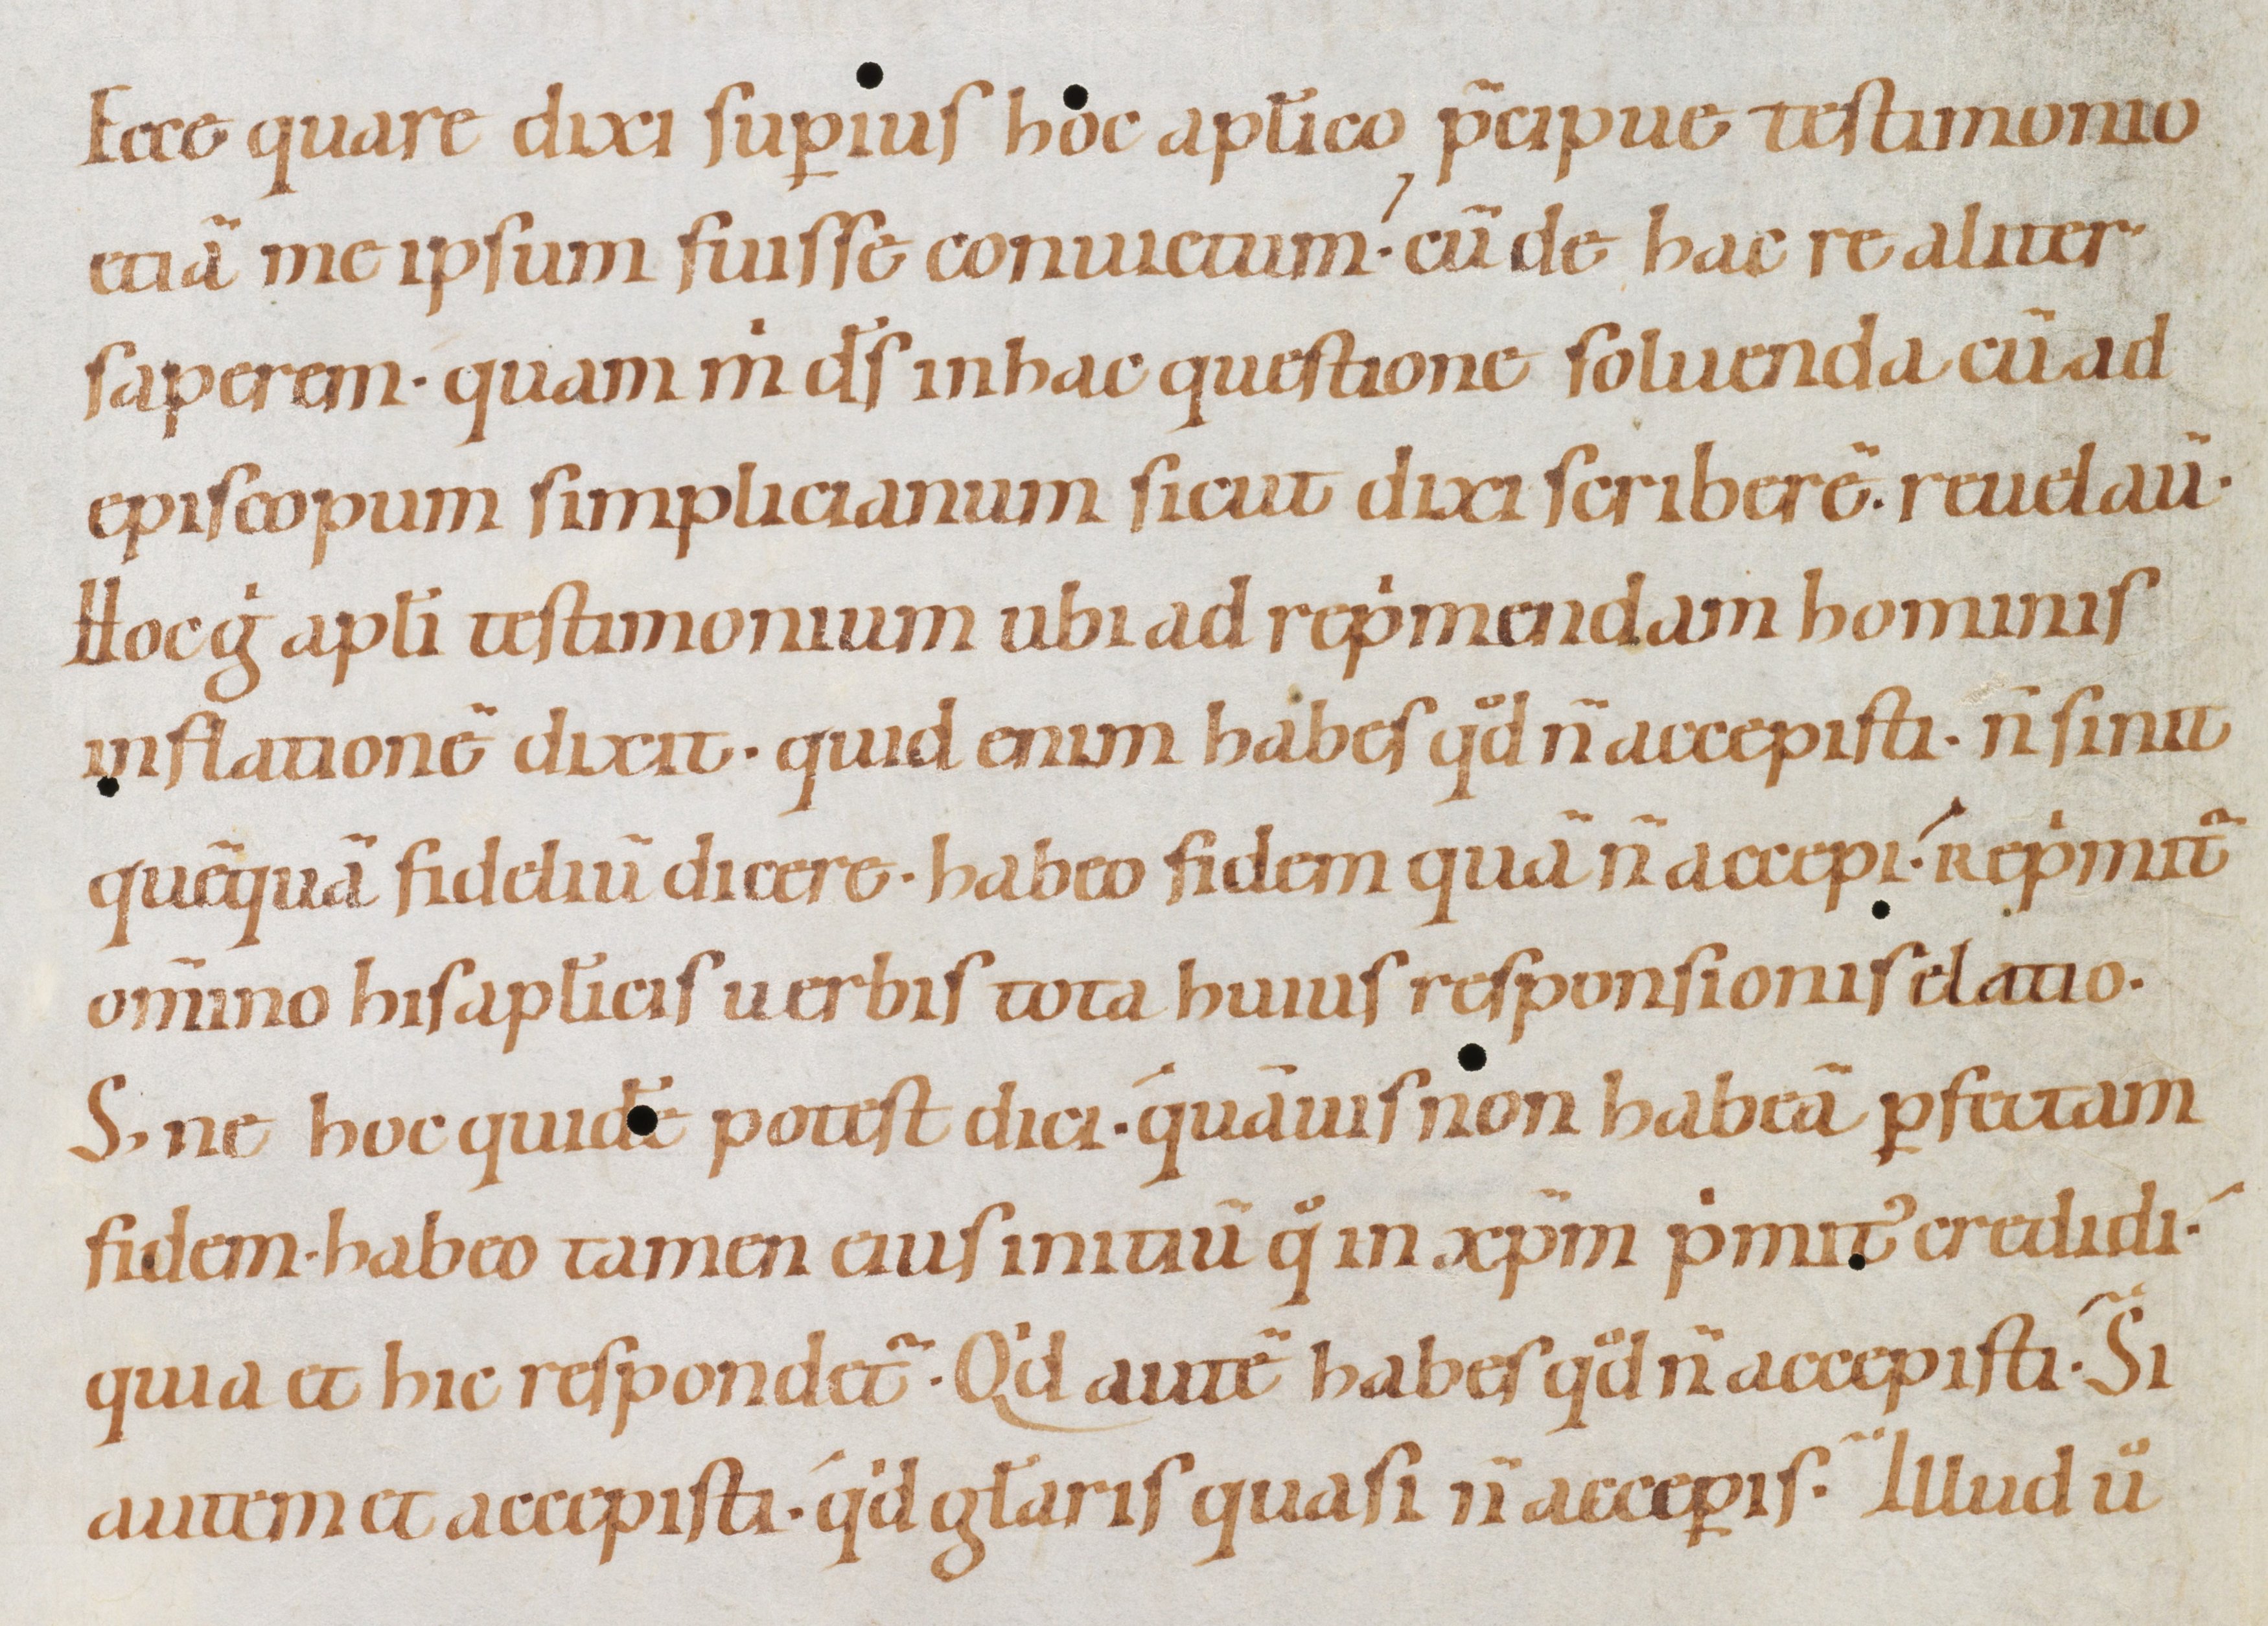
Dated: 1080–1096